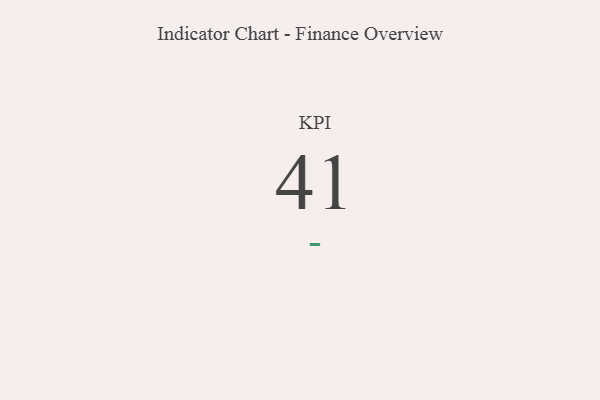
{"axis": {"x": "KPI", "y": "Value"}, "legend": [""], "data": [{"x": "KPI", "y": 41, "type": ""}]}